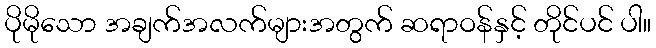
ပိုမိုသော အချက်အလက်များအတွက် ဆရာဝန်နှင့် တိုင်ပင် ပါ။